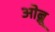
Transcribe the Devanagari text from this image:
ओब्नू